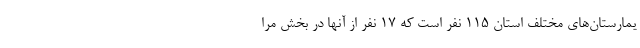
یمارستان‌های مختلف استان ۱۱۵ نفر است که ۱۷ نفر از آنها در بخش مرا